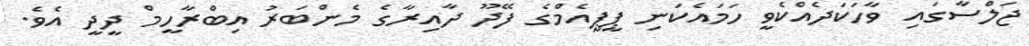
ޖަލްސާގައި ވާހަކަދެއްކެވީ ހަމައެކަނި ޕީޕީއެމްގެ ފޭދޫ ދާއިރާގެ މެންބަރު އިބްރާހީމް ދީދީ އެވެ.